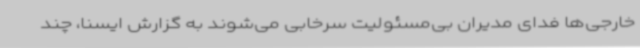
خارجی‌ها فدای مدیران بی‌مسئولیت سرخابی می‌شوند به گزارش ایسنا، چند